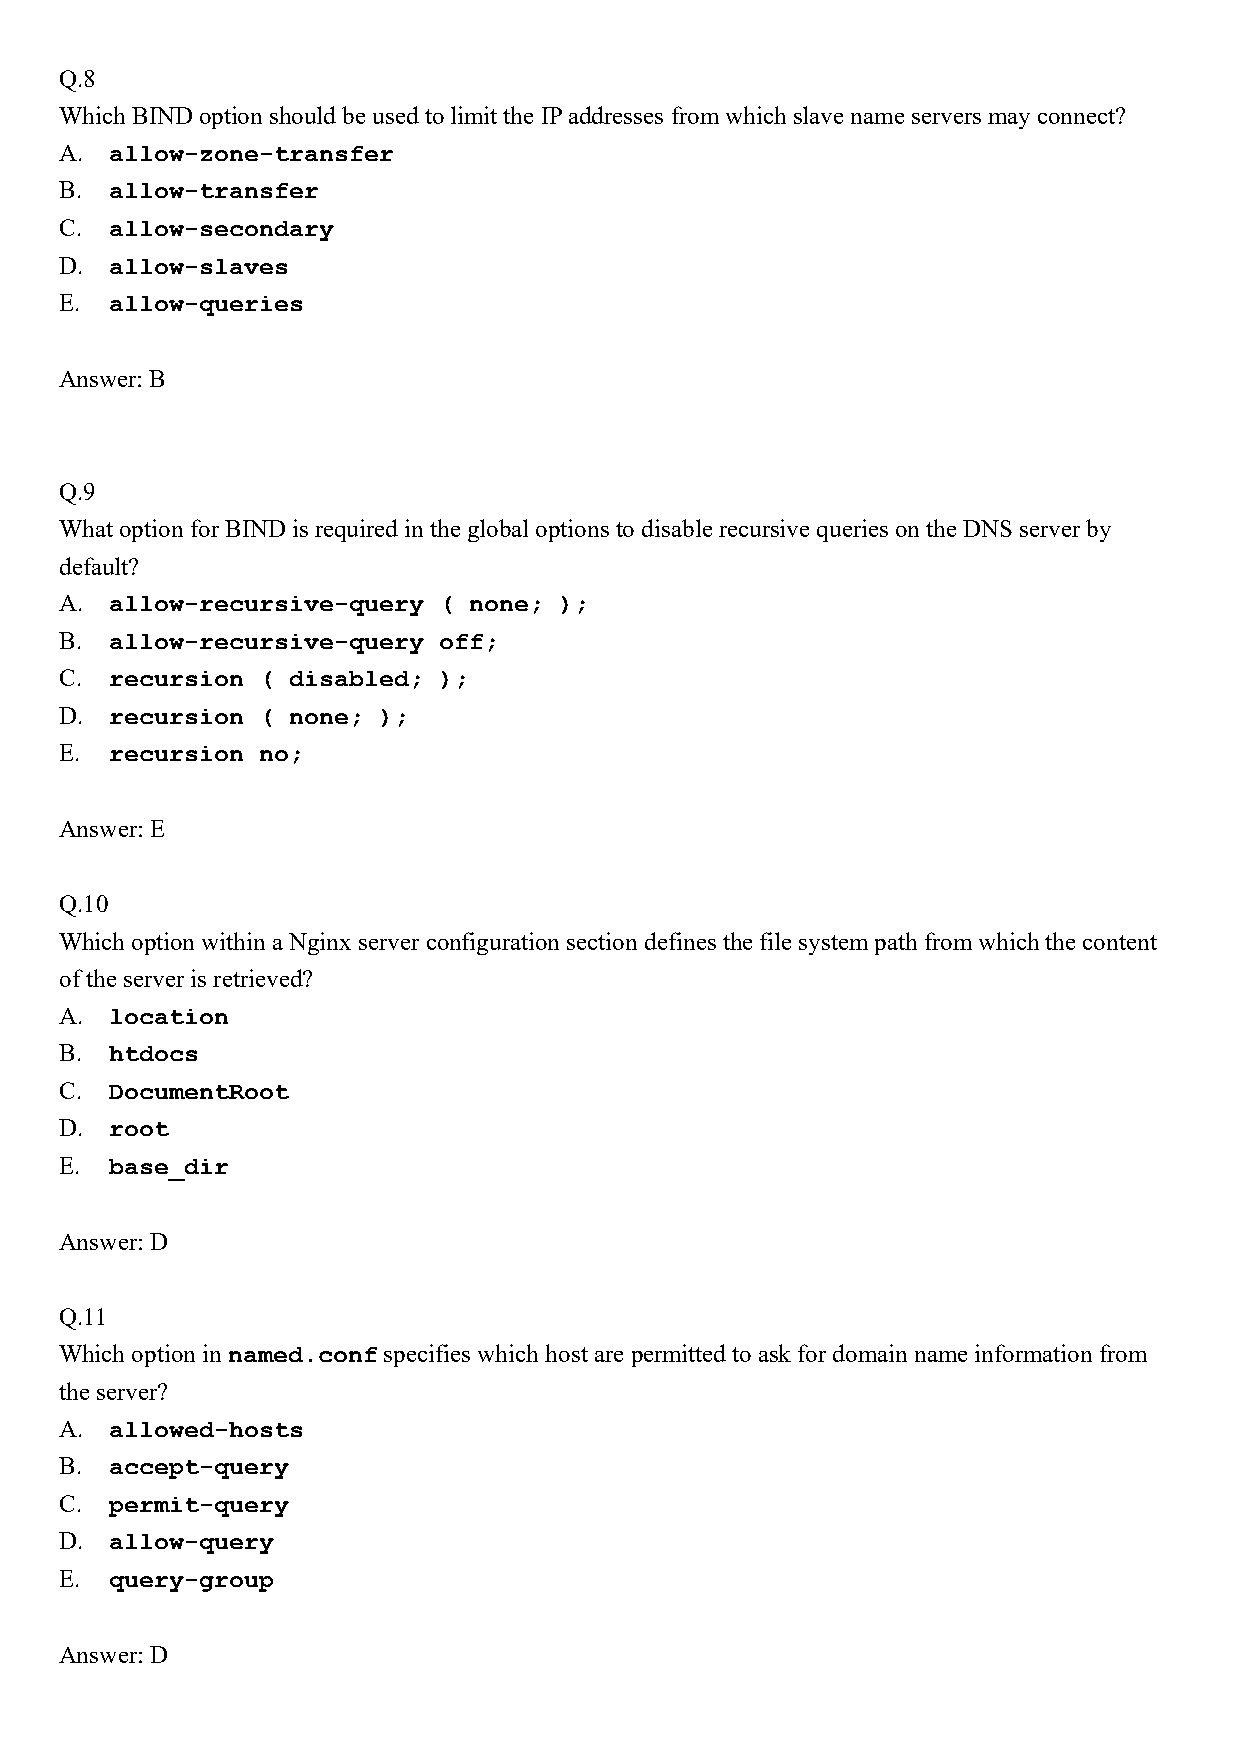
Q.8
 Which BIND option should be used to limit the IP addresses from which slave name servers may connect?
 A. allow-zone-transfer
 B. allow-transfer
 C. allow-secondary
 D. allow-slaves
 E. allow-queries
 Answer: B
 Q.9
 What option for BIND is required in the global options to disable recursive queries on the DNS server by
 default?
 A. allow-recursive-query ( none; );
 B. allow-recursive-query off;
 C. recursion ( disabled; );
 D. recursion ( none; );
 E. recursion no;
 Answer: E
 Q.10
 Which option within a Nginx server configuration section defines the file system path from which the content
 of the server is retrieved?
 A. location
 B. htdocs
 C. DocumentRoot
 D. root
 E. base_dir
 Answer: D
 Q.11
 Which option in named.conf specifies which host are permitted to ask for domain name information from
 the server?
 A. allowed-hosts
 B. accept-query
 C. permit-query
 D. allow-query
 E. query-group
 Answer: D